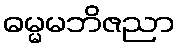
ဓမ္မမဘိဇညာ